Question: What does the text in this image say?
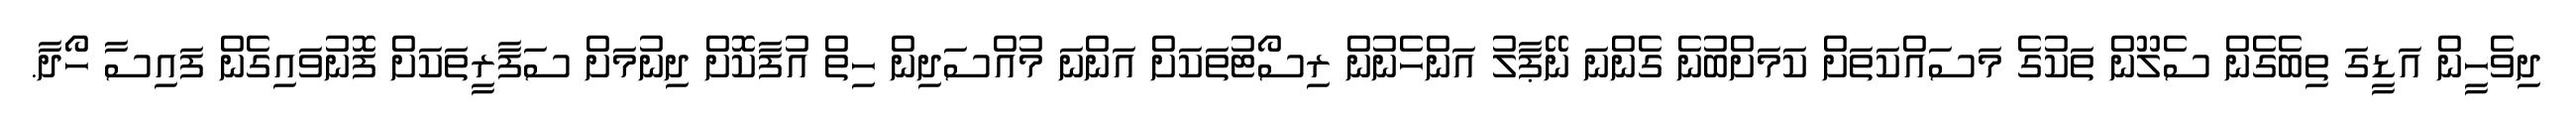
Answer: ދިވެހީން އަޑީގަ ތިބެގެން ސެލޫން ތަކުގެ މަސައްކަތަށް ކަމަށްބުނެ ގެންނަ ނޭޕާލު އަންހެނުން ރިސޯޓުތަކަށް އަންނަ މުއްސަދިން ހިތް އުފާކޮށް ދިނުމަށް ސަފާރީތަކަށް ފޮނުވައިގެން ފައިސާ ހޯދާ.